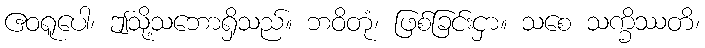
ဧဝရူပေါ၊ ဤသို့သဘောရှိသည်။ ဘဝိတုံ၊ ဖြစ်ခြင်းငှာ။ သစေ သက္ခိဿတိ၊